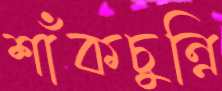
শাঁকচুন্নি